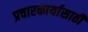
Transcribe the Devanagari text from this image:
प्रचारकार्यासाठी